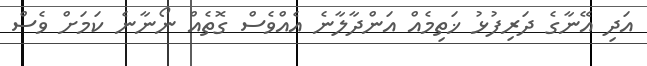
އަދި އޭނާގެ ދަރިފުޅު ޚަތިމެއް އަންދާލާނެ އެއްވެސް ގޮތެއް ނޯނާނެ ކަމަށް ވެސް